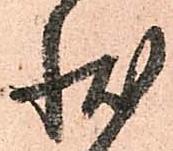
状